Civil Veterinary Dept. Bombay admin report 1907-1913 - 1907-1913
Year: 1907
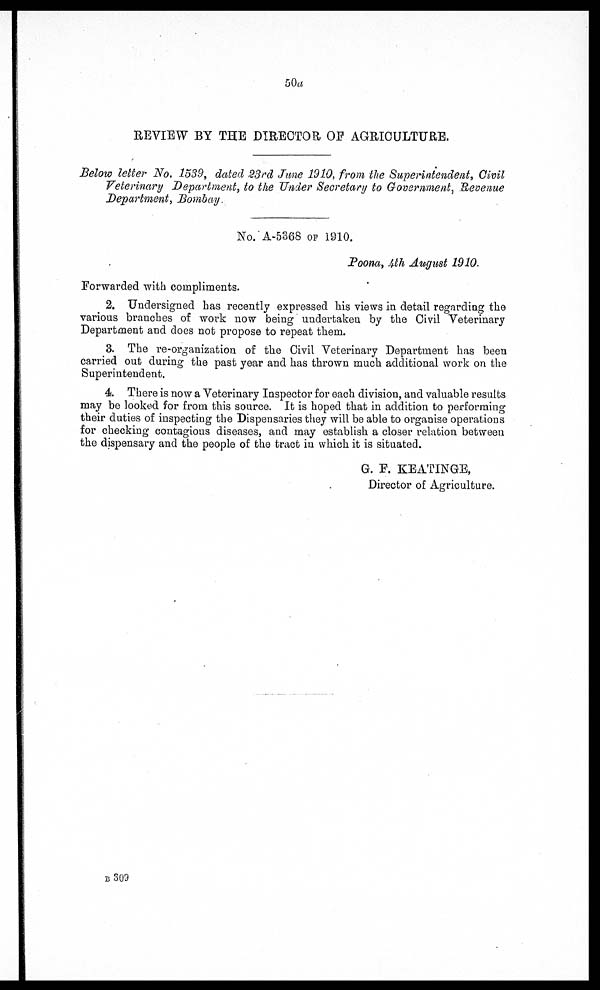
50a
REVIEW BY THE DIRECTOR OP AGRICULTURE.
Below letter No. 1539, dated 23rd June 1910, from the Superintendent, Civil
Veterinary Department, to the Under Secretary to Government, Revenue
Department, Bombay.
No. A-5368 op 1910.
Poona, 4th August 1910.
Forwarded with compliments.
2. Undersigned has recently expressed his views in detail regarding the
various branches of work now being undertaken by the Civil Veterinary
Department and does not propose to repeat them.
3. The re-organization of the Civil Veterinary Department has been
carried out during the past year and has thrown much additional work on the
Superintendent.
4. There is now a Veterinary Inspector for each division, and valuable results
may be looked for from this source. It is hoped that in addition to performing
their duties of inspecting the Dispensaries they will be able to organise operations
for checking contagious diseases, and may establish a closer relation between
the dispensary and the people of the tract in which it is situated.
G. F. KEATINGE,
Director of Agriculture.
b309